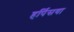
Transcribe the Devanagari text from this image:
हर्पिसया